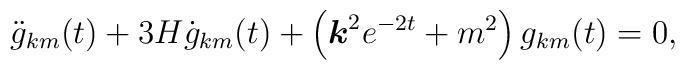
\ddot{g}_{km}(t)+3H\dot{g}_{km}(t)+\left( \mbox{\boldmath $k$}^2 e^{-2t} +m^2 \right)g_{km}(t)=0,